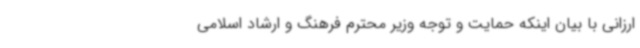
ارزانی با بیان اینکه حمایت و توجه وزیر محترم فرهنگ و ارشاد اسلامی